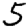
Digit: 5